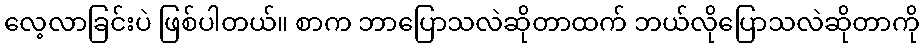
လေ့လာခြင်းပဲ ဖြစ်ပါတယ်။ စာက ဘာပြောသလဲဆိုတာထက် ဘယ်လိုပြောသလဲဆိုတာကို